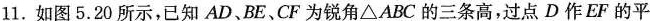
11.如图5.20所示，已知AD、BE、CF为锐角△ABC的三条高，过点D作EF的平